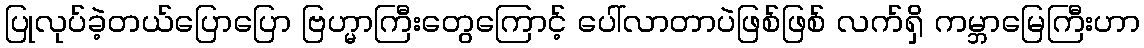
ပြုလုပ်ခဲ့တယ်ပြောပြော ဗြဟ္မာကြီးတွေကြောင့် ပေါ်လာတာပဲဖြစ်ဖြစ် လက်ရှိ ကမ္ဘာမြေကြီးဟာ